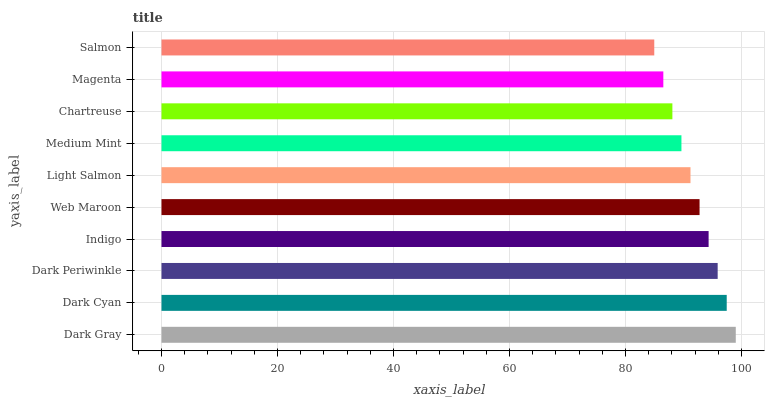
| yaxis_label | bars |
 | --- | --- |
 | Dark Gray | 99 |
 | Dark Cyan | 97.4 |
 | Dark Periwinkle | 95.9 |
 | Indigo | 94.3 |
 | Web Maroon | 92.8 |
 | Light Salmon | 91.2 |
 | Medium Mint | 89.6 |
 | Chartreuse | 88.1 |
 | Magenta | 86.5 |
 | Salmon | 84.9 |